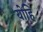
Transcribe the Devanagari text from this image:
योहि